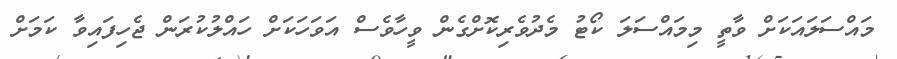
މައްސަލައަކަށް ވާތީ މިމައްސަލަ ކޯޓު މެދުވެރިކޮށްގެން ވީހާވެސް އަވަހަކަށް ހައްލުކުރަން ޖެހިފައިވާ ކަމަށް